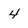
Character: 4